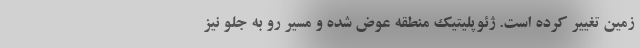
زمین تغییر کرده است. ژئوپلیتیک منطقه عوض شده و مسیر رو به جلو نیز